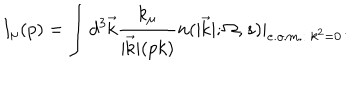
I _ { \mu } ( p ) = \int { d ^ { 3 } \vec { \mathrm { k } } } { \frac { k _ { \mu } } { \vert \vec { \mathrm { k } } \vert ( p k ) } } n ( \vert \vec { \mathrm { k } } \vert ; \Omega , s ) \vert _ { e . o . m . : \ k ^ { 2 } = 0 } .